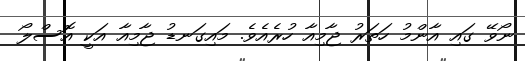
ނޯވޭ ގައި އާންމު ހަތަރު ޖާމިއާ ހުރެއެވެ. މައިގަނޑު ޖާމިއާ އަކީ އޮސްލޯ